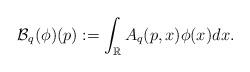
LaTeX: \begin{align*}\mathcal{B}_q(\phi)(p):=\displaystyle \int_{\mathbb{R}}A_q(p,x)\phi(x)dx.\end{align*}